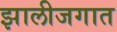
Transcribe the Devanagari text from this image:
झालीजगात